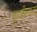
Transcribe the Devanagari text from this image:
फुजीमारा